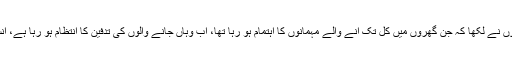
اپنے سوشل میڈیا اکائونٹ پر انہوں نے لکھا کہ جن گھروں میں کل تک آنے والے مہمانوں کا اہتمام ہو رہا تھا، اب وہاں جانے والوں کی تدفین کا انتظام ہو رہا ہے، انسان کی حقیقت بس اتنی سی ہے۔